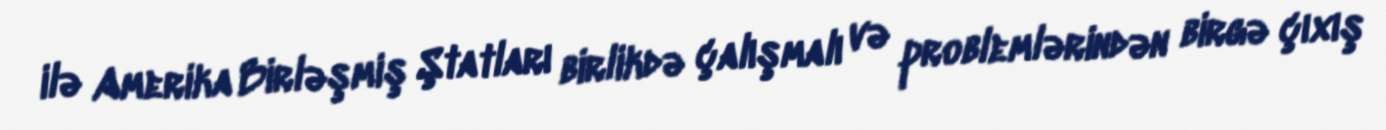
ilə Amerika Birləşmiş Ştatları birlikdə çalışmalı və problemlərindən birgə çıxış